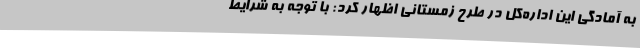
به آمادگی این اداره‌کل در طرح زمستانی اظهار کرد: با توجه به شرایط